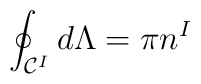
\oint_{{\cal C}^{I}}d\Lambda = \pi n^{I}